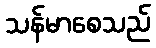
သန်မာစေသည်